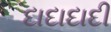
દાદાદાદી